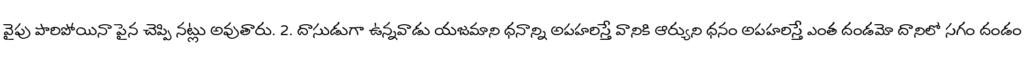
వైపు పారిపోయినా పైన చెప్పి నట్లు అవుతారు. 2. దాసుడుగా ఉన్నవాడు యజమాని ధనాన్ని అపహరిస్తే వానికి ఆర్యుని ధనం అపహరిస్తే ఎంత దండమో దానిలో సగం దండం